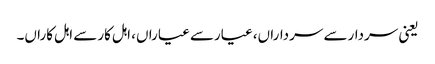
یعنی سردارسے سرداراں، عیارسے عیاراں، اہل کارسے اہل کاراں۔